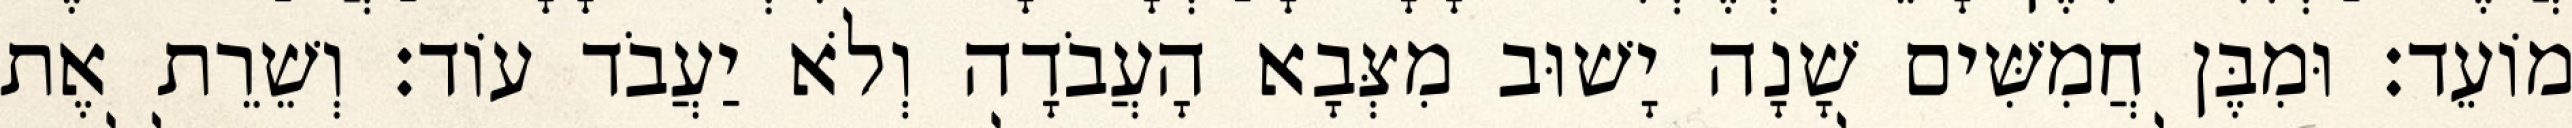
מוֹעֵד׃ וּמִבֶּן חֲמִשִּׁים שָׁנָה יָשׁוּב מִצְּבָא הָעֲבֹדָה וְלֹא יַעֲבֹד עוֹד׃ וְשֵׁרֵת אֶת